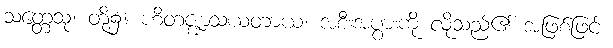
သတ္တေသု၊ တို့၌။ ဟိတဇ္ဈာသယတာယ၊ အစီးအပွားကို လိုသည်၏ အဖြစ်ဖြင့်